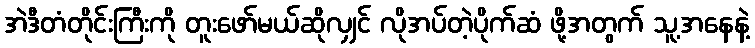
အဲဒီတံတိုင်းကြီးကို တူးဖော်မယ်ဆိုလျှင် လိုအပ်တဲ့ပိုက်ဆံ ဖို့အတွက် သူ့အနေနဲ့